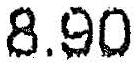
8.90